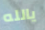
يالله